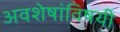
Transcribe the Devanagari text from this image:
अवशेषांविषयी